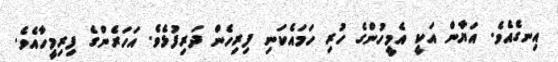
އިނގެއެވެ. އަޔާން އަކީ އެމީހުންގެ ހުރި ހަމައެކަނި ފިރިހެން ދަރިފުޅެވެ. އަހަރެންގެ ފިރިމީހާއެވެ.